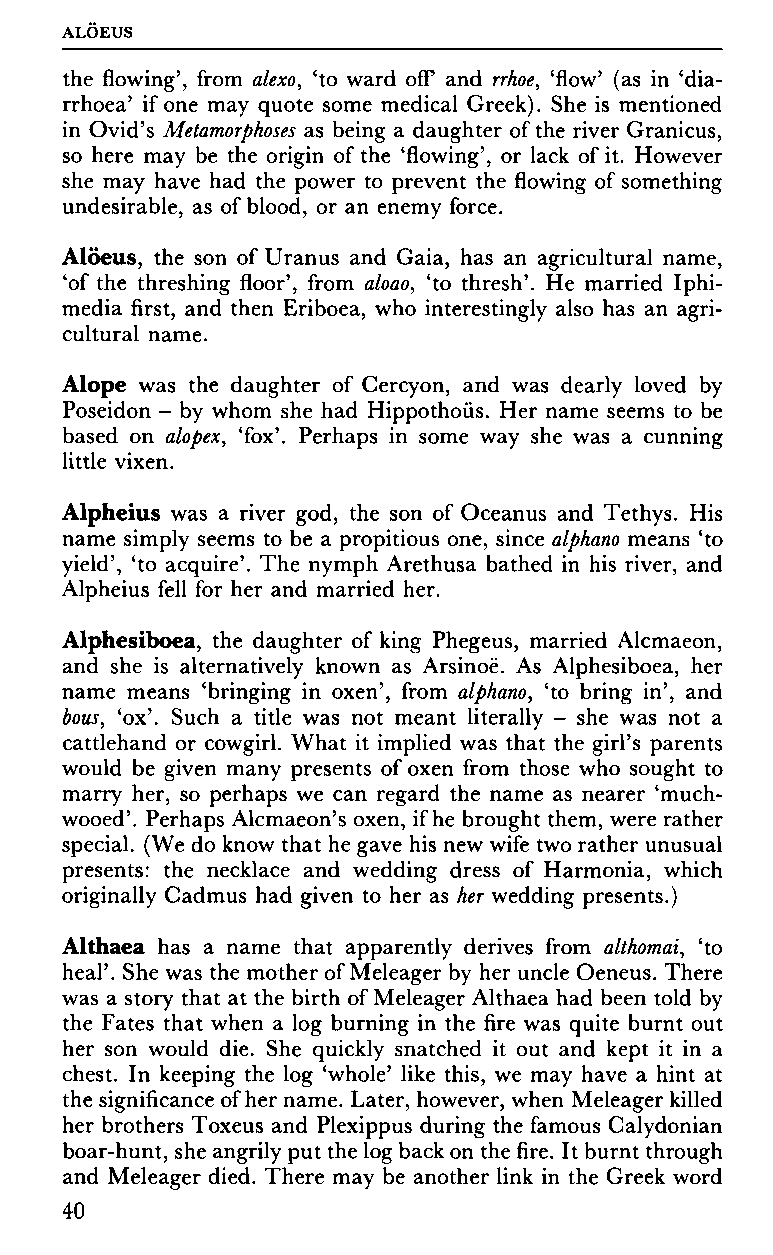
ALOEUS
 the flowing', from alexo, 'to ward off and rrhoe, 'flow' (as in 'dia
 rrhoea' if one may quote some medical Greek). She is mentioned
 in Ovid's Metamorphoses as being a daughter of the river Granicus,
 so here may be the origin of the 'flowing', or lack of it. However
 she may have had the power to prevent the flowing of something
 undesirable, as of blood, or an enemy force.
 Alöeus, the son of Uranus and Gaia, has an agricultural name,
 'of the threshing floor', from aloao, 'to thresh'. He married Iphi-
 media first, and then Eriboea, who interestingly also has an agri
 cultural name.
 Alope was the daughter of Cercyon, and was dearly loved by
 Poseidon - by whom she had Hippothoüs. Her name seems to be
 based on alopex, 'fox'. Perhaps in some way she was a cunning
 little vixen.
 Alpheius was a river god, the son of Oceanus and Tethys. His
 name simply seems to be a propitious one, since alphano means 'to
 yield', 'to acquire'. The nymph Arethusa bathed in his river, and
 Alpheius fell for her and married her.
 Alphesiboea, the daughter of king Phegeus, married Alcmaeon,
 and she is alternatively known as Arsinoë. As Alphesiboea, her
 name means 'bringing in oxen', from alphano, 'to bring in', and
 bous, 'ox'. Such a title was not meant literally - she was not a
 cattlehand or cowgirl. What it implied was that the girl's parents
 would be given many presents of oxen from those who sought to
 marry her, so perhaps we can regard the name as nearer 'much-
 wooed'. Perhaps Alcmaeon's oxen, if he brought them, were rather
 special. (We do know that he gave his new wife two rather unusual
 presents: the necklace and wedding dress of Harmonia, which
 originally Cadmus had given to her as her wedding presents.)
 Althaea has a name that apparently derives from althomai, 'to
 heal'. She was the mother of Meleager by her uncle Oeneus. There
 was a story that at the birth of Meleager Althaea had been told by
 the Fates that when a log burning in the fire was quite burnt out
 her son would die. She quickly snatched it out and kept it in a
 chest. In keeping the log 'whole' like this, we may have a hint at
 the significance of her name. Later, however, when Meleager killed
 her brothers Toxeus and Plexippus during the famous Calydonian
 boar-hunt, she angrily put the log back on the fire. It burnt through
 and Meleager died. There may be another link in the Greek word
 40